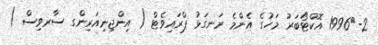
2-	1996 އޮކްޓޯބަރު މަހުގެ އެންމެ ރަނގަޅު ޕްރައިވެޓް ( އިންޖިނިއަރިންގ ސާރވިސް )